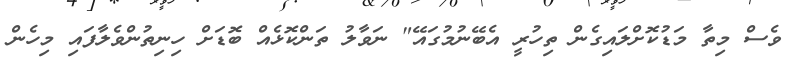
ވެސް މިތާ މަޑުކޮށްލައިގެން ތިހުރީ އެބޭނުމުގައޭ" ނަވާލު ތަންކޮޅެއް ބޮޑަށް ހިނިތުންވެލާފައި މިހެން